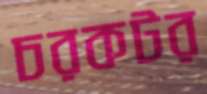
চরকটর